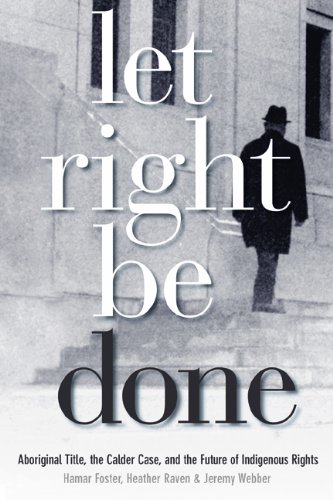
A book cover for Let Right Be Done: Aboriginal title, the Calder Case, and the Future of Indigenous Rights (Law and Scoiety); Law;